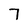
Character: 7